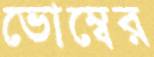
ভোম্বের